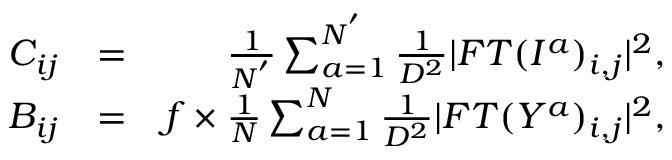
\begin{array} { r l r } { C _ { i j } } & { = } & { \frac { 1 } { N ^ { ' } } \sum _ { a = 1 } ^ { N ^ { ' } } \frac { 1 } { D ^ { 2 } } | F T ( I ^ { a } ) _ { i , j } | ^ { 2 } , } \\ { B _ { i j } } & { = } & { f \times \frac { 1 } { N } \sum _ { a = 1 } ^ { N } \frac { 1 } { D ^ { 2 } } | F T ( Y ^ { a } ) _ { i , j } | ^ { 2 } , } \end{array}